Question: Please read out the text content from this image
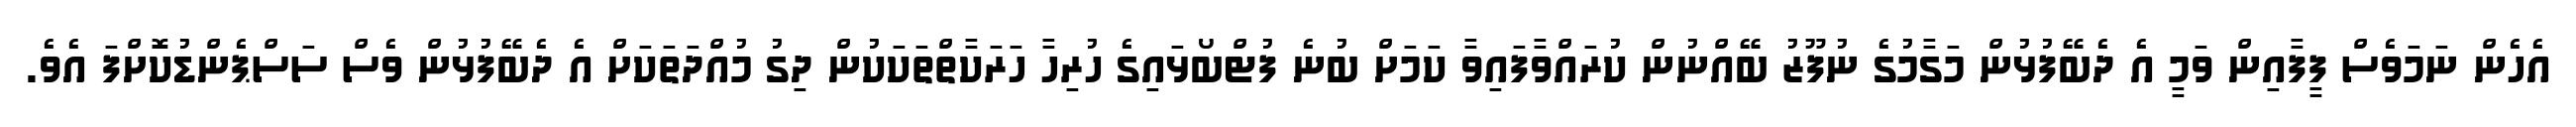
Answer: އެހެން ނަމަވެސް ފީފާއިން ވަމީ އެ ދެބޭފުޅުން މަގާމުގެ ނުފޫޒު ބޭއްނުން ކުރައްވާފައިވާ ކަމަށް ބުނެ ފުޓްބޯޅައިގެ ހުރިހާ ހަރަކާތްތަކަކުން ދިގު މުއްދަތަކަށް އެ ދެބޭފުޅުން ވެސް ސަސްޕެންޑުކޮށްފަ އެވެ.